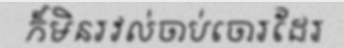
ក៏មិនរវល់ចាប់ចោរដែរ